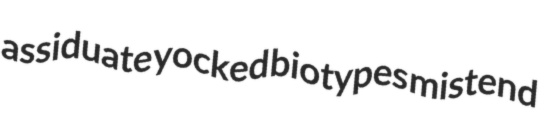
assiduate yocked biotypes mistend